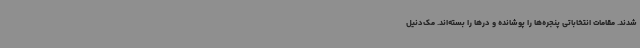
شدند. مقامات انتخاباتی پنجره‌ها را پوشانده و درها را بسته‌اند. مک‌دنیل